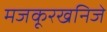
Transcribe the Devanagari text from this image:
मजकूरखनिजे